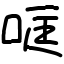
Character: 哐